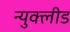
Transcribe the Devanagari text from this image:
न्युक्लीड